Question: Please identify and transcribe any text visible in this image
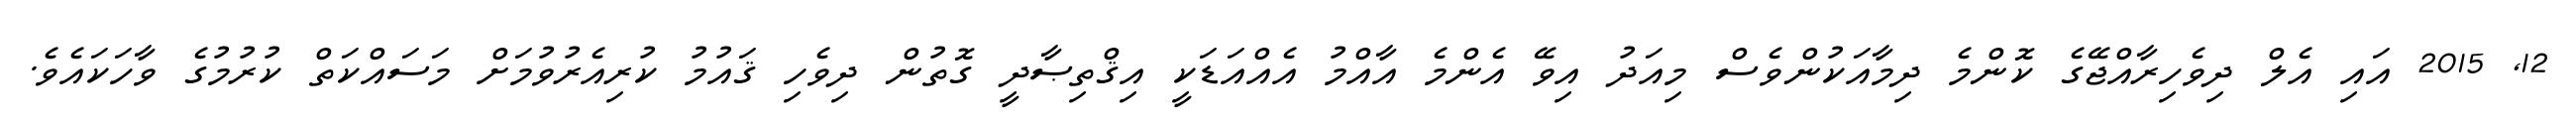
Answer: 12, 2015 އައި އެލް ދިވެހިރާއްޖޭގެ ކޮންމެ ދިމާއަކުންވެސް މިއަދު އިވޭ އެންމެ އާއްމު އެއްއަޑަކީ އިޤްތިޞާދީ ގޮތުން ދިވެހި ޤައުމު ކުރިއެރުވުމަށް މަސައްކަތް ކުރުމުގެ ވާހަކައެވެ.